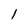
Character: 1